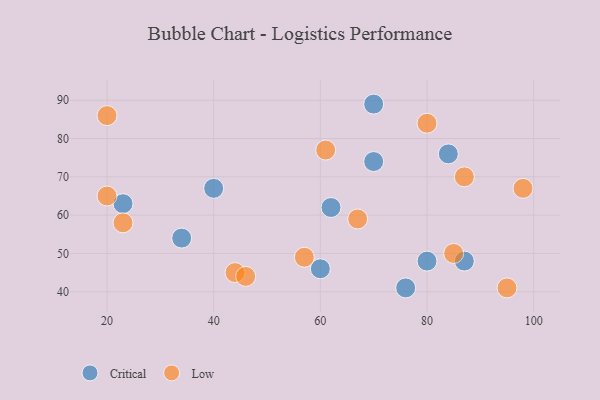
{"axis": {"x": "GDP", "y": "Life Expectancy"}, "legend": ["Critical", "Low"], "data": [{"x": "76", "y": 41, "type": "Critical"}, {"x": "80", "y": 48, "type": "Critical"}, {"x": "34", "y": 54, "type": "Critical"}, {"x": "70", "y": 74, "type": "Critical"}, {"x": "62", "y": 62, "type": "Critical"}, {"x": "23", "y": 63, "type": "Critical"}, {"x": "60", "y": 46, "type": "Critical"}, {"x": "70", "y": 89, "type": "Critical"}, {"x": "40", "y": 67, "type": "Critical"}, {"x": "87", "y": 48, "type": "Critical"}, {"x": "84", "y": 76, "type": "Critical"}, {"x": "44", "y": 45, "type": "Low"}, {"x": "80", "y": 84, "type": "Low"}, {"x": "20", "y": 65, "type": "Low"}, {"x": "23", "y": 58, "type": "Low"}, {"x": "57", "y": 49, "type": "Low"}, {"x": "98", "y": 67, "type": "Low"}, {"x": "95", "y": 41, "type": "Low"}, {"x": "46", "y": 44, "type": "Low"}, {"x": "61", "y": 77, "type": "Low"}, {"x": "87", "y": 70, "type": "Low"}, {"x": "85", "y": 50, "type": "Low"}, {"x": "67", "y": 59, "type": "Low"}, {"x": "20", "y": 86, "type": "Low"}]}